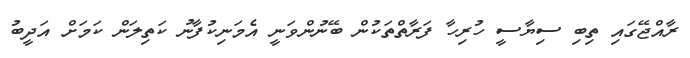
ރާއްޖޭގައި ތިބި ސިޔާސީ ހުރިހާ ފަރާތްތަކުން ބޭނުންވަނީ އެމަނިކުފާނު ކަތިލަން ކަމަށް އަދީބު